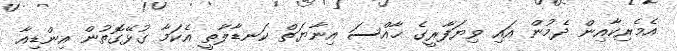
އެމެރިކާއިން ދެމުން އައި ވިޔަފާރީގެ ޚާއްސަ އިނާޔަތް ކަނޑާލާތީ އެކަމާ ގުޅޭގޮތުން އިންޑިއާ